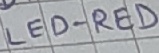
Text: LED-RED